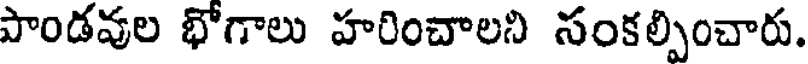
పాండవుల భోగాలు హరించాలని సంకల్పించారు.